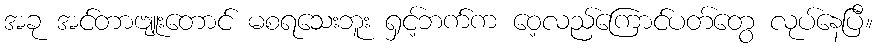
အခု အင်တာဗျူးတောင် မစရသေးဘူး ရှင့်ဘက်က ဝေ့လည်ကြောင်ပတ်တွေ လုပ်နေပြီ။